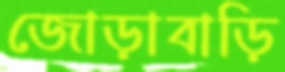
জোড়াবাড়ি